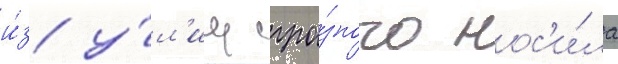
и́з у́л'иц гро́зного нос'и́ла